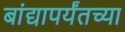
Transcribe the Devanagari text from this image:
बांद्यापर्यंतच्या